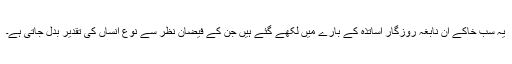
یہ سب خاکے ان نابغہ روزگار اساتذہ کے بارے میں لکھے گئے ہیں جن کے فیضان نظر سے نوع انساں کی تقدیر بدل جاتی ہے۔